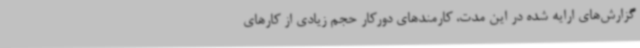
گزارش‌های ارایه شده در این مدت، کارمندهای دورکار حجم زیادی از کارهای